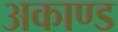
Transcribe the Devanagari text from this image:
अकाण्ड